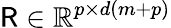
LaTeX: {\sf R}\in\mathbb{R}^{p\times d(m+p)}